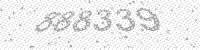
Solution: 888339